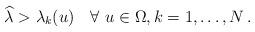
LaTeX: \begin{align*} \widehat\lambda>\lambda_k(u) \quad\forall~u\in\Omega,k=1,\dots,N\,. \end{align*}